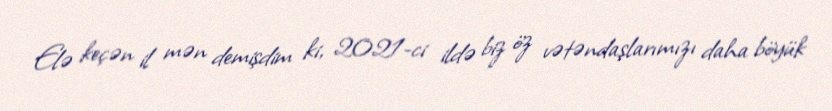
Elə keçən il mən demişdim ki, 2021-ci ildə biz öz vətəndaşlarımızı daha böyük